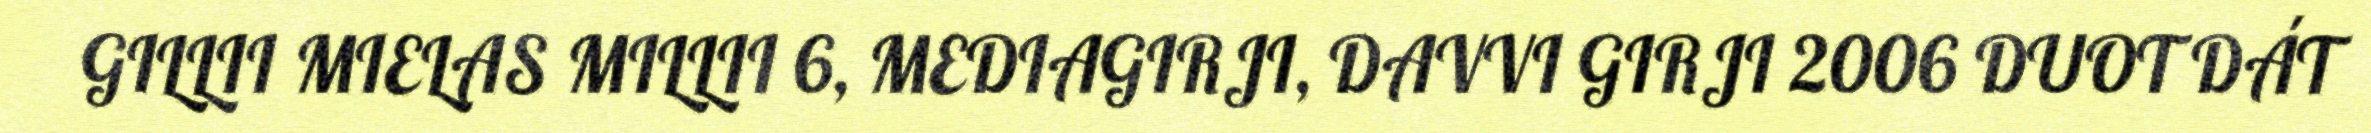
GILLII MIELAS MILLII 6, MEDIAGIRJI, DAVVI GIRJI 2006 DUOT DÁT